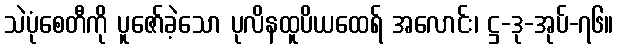
သဲပုံစေတီကို ပူဇော်ခဲ့သော ပုလိနထူပိယထေရ် အလောင်း၊ ဋ္ဌ-ဒု-အုပ်-၇၆။